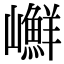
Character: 𡾮